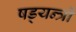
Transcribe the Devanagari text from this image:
षड्‍यन्त्रों